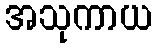
အသုကာယ